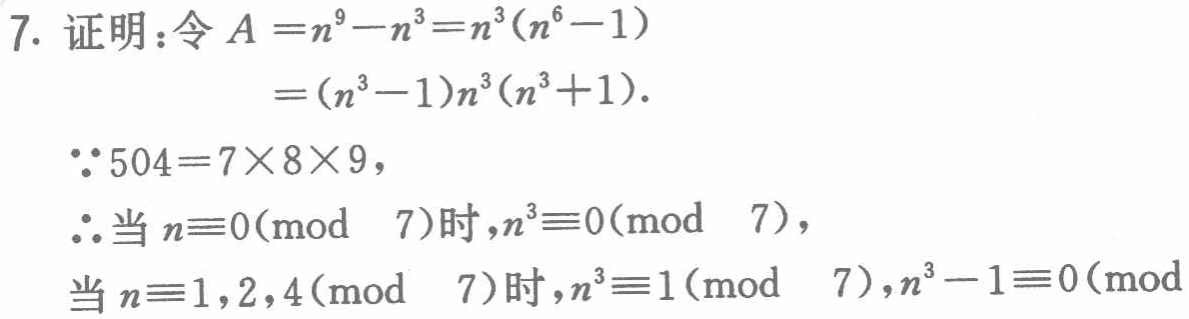
7. 证明：令 \(A = n^{9}-n^{3}=n^{3}(n^{6}-1)\)

                \(=(n^{3}-1)n^{3}(n^{3}+1)\).

    \(\because 504 = 7\times8\times9\),

    \(\therefore\)当 \(n\equiv0(\bmod\ 7)\)时，\(n^{3}\equiv0(\bmod\ 7)\)，

    当 \(n\equiv1,2,4(\bmod\ 7)\)时，\(n^{3}\equiv1(\bmod\ 7)\)，\(n^{3}-1\equiv0(\bmod\  \)